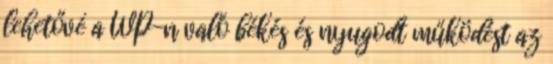
lehetővé a WP-n való békés és nyugodt működést az